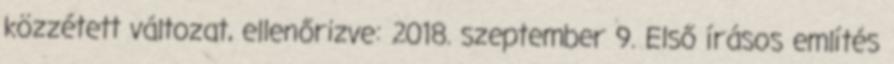
közzétett változat, ellenőrizve: 2018. szeptember 9. Első írásos említés